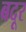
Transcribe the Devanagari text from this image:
बदूर